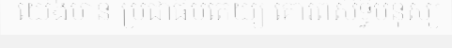
យើងមាន ប្រជាធិបតេយ្យ គោរពសិទ្ធិមនុស្ស